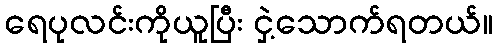
ရေပုလင်းကိုယူပြီး ငှဲ့သောက်ရတယ်။